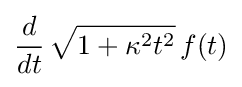
{\frac {d}{dt}}\,{\sqrt {1+\kappa ^{2}t^{2}}}\,f(t)